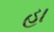
હા